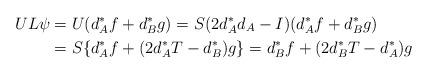
LaTeX: \begin{align*}UL\psi &= U(d_A^\ast f + d_B^\ast g) = S(2d_A^\ast d_A - I)(d_A^\ast f + d_B^\ast g)\\&= S\{d_A^\ast f + (2d_A^\ast T - d_B^\ast) g\} = d_B^\ast f + (2d_B^\ast T - d_A^\ast) g\end{align*}